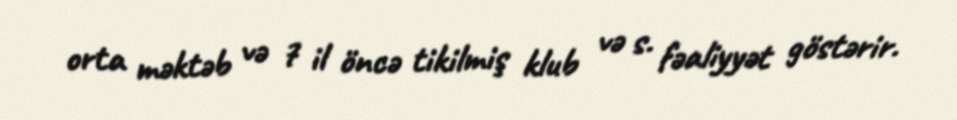
orta məktəb və 7 il öncə tikilmiş klub və s. fəaliyyət göstərir.